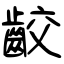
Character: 齩